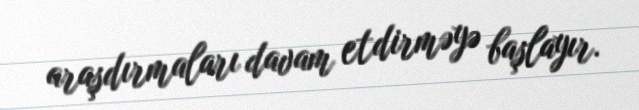
araşdırmaları davam etdirməyə başlayır.